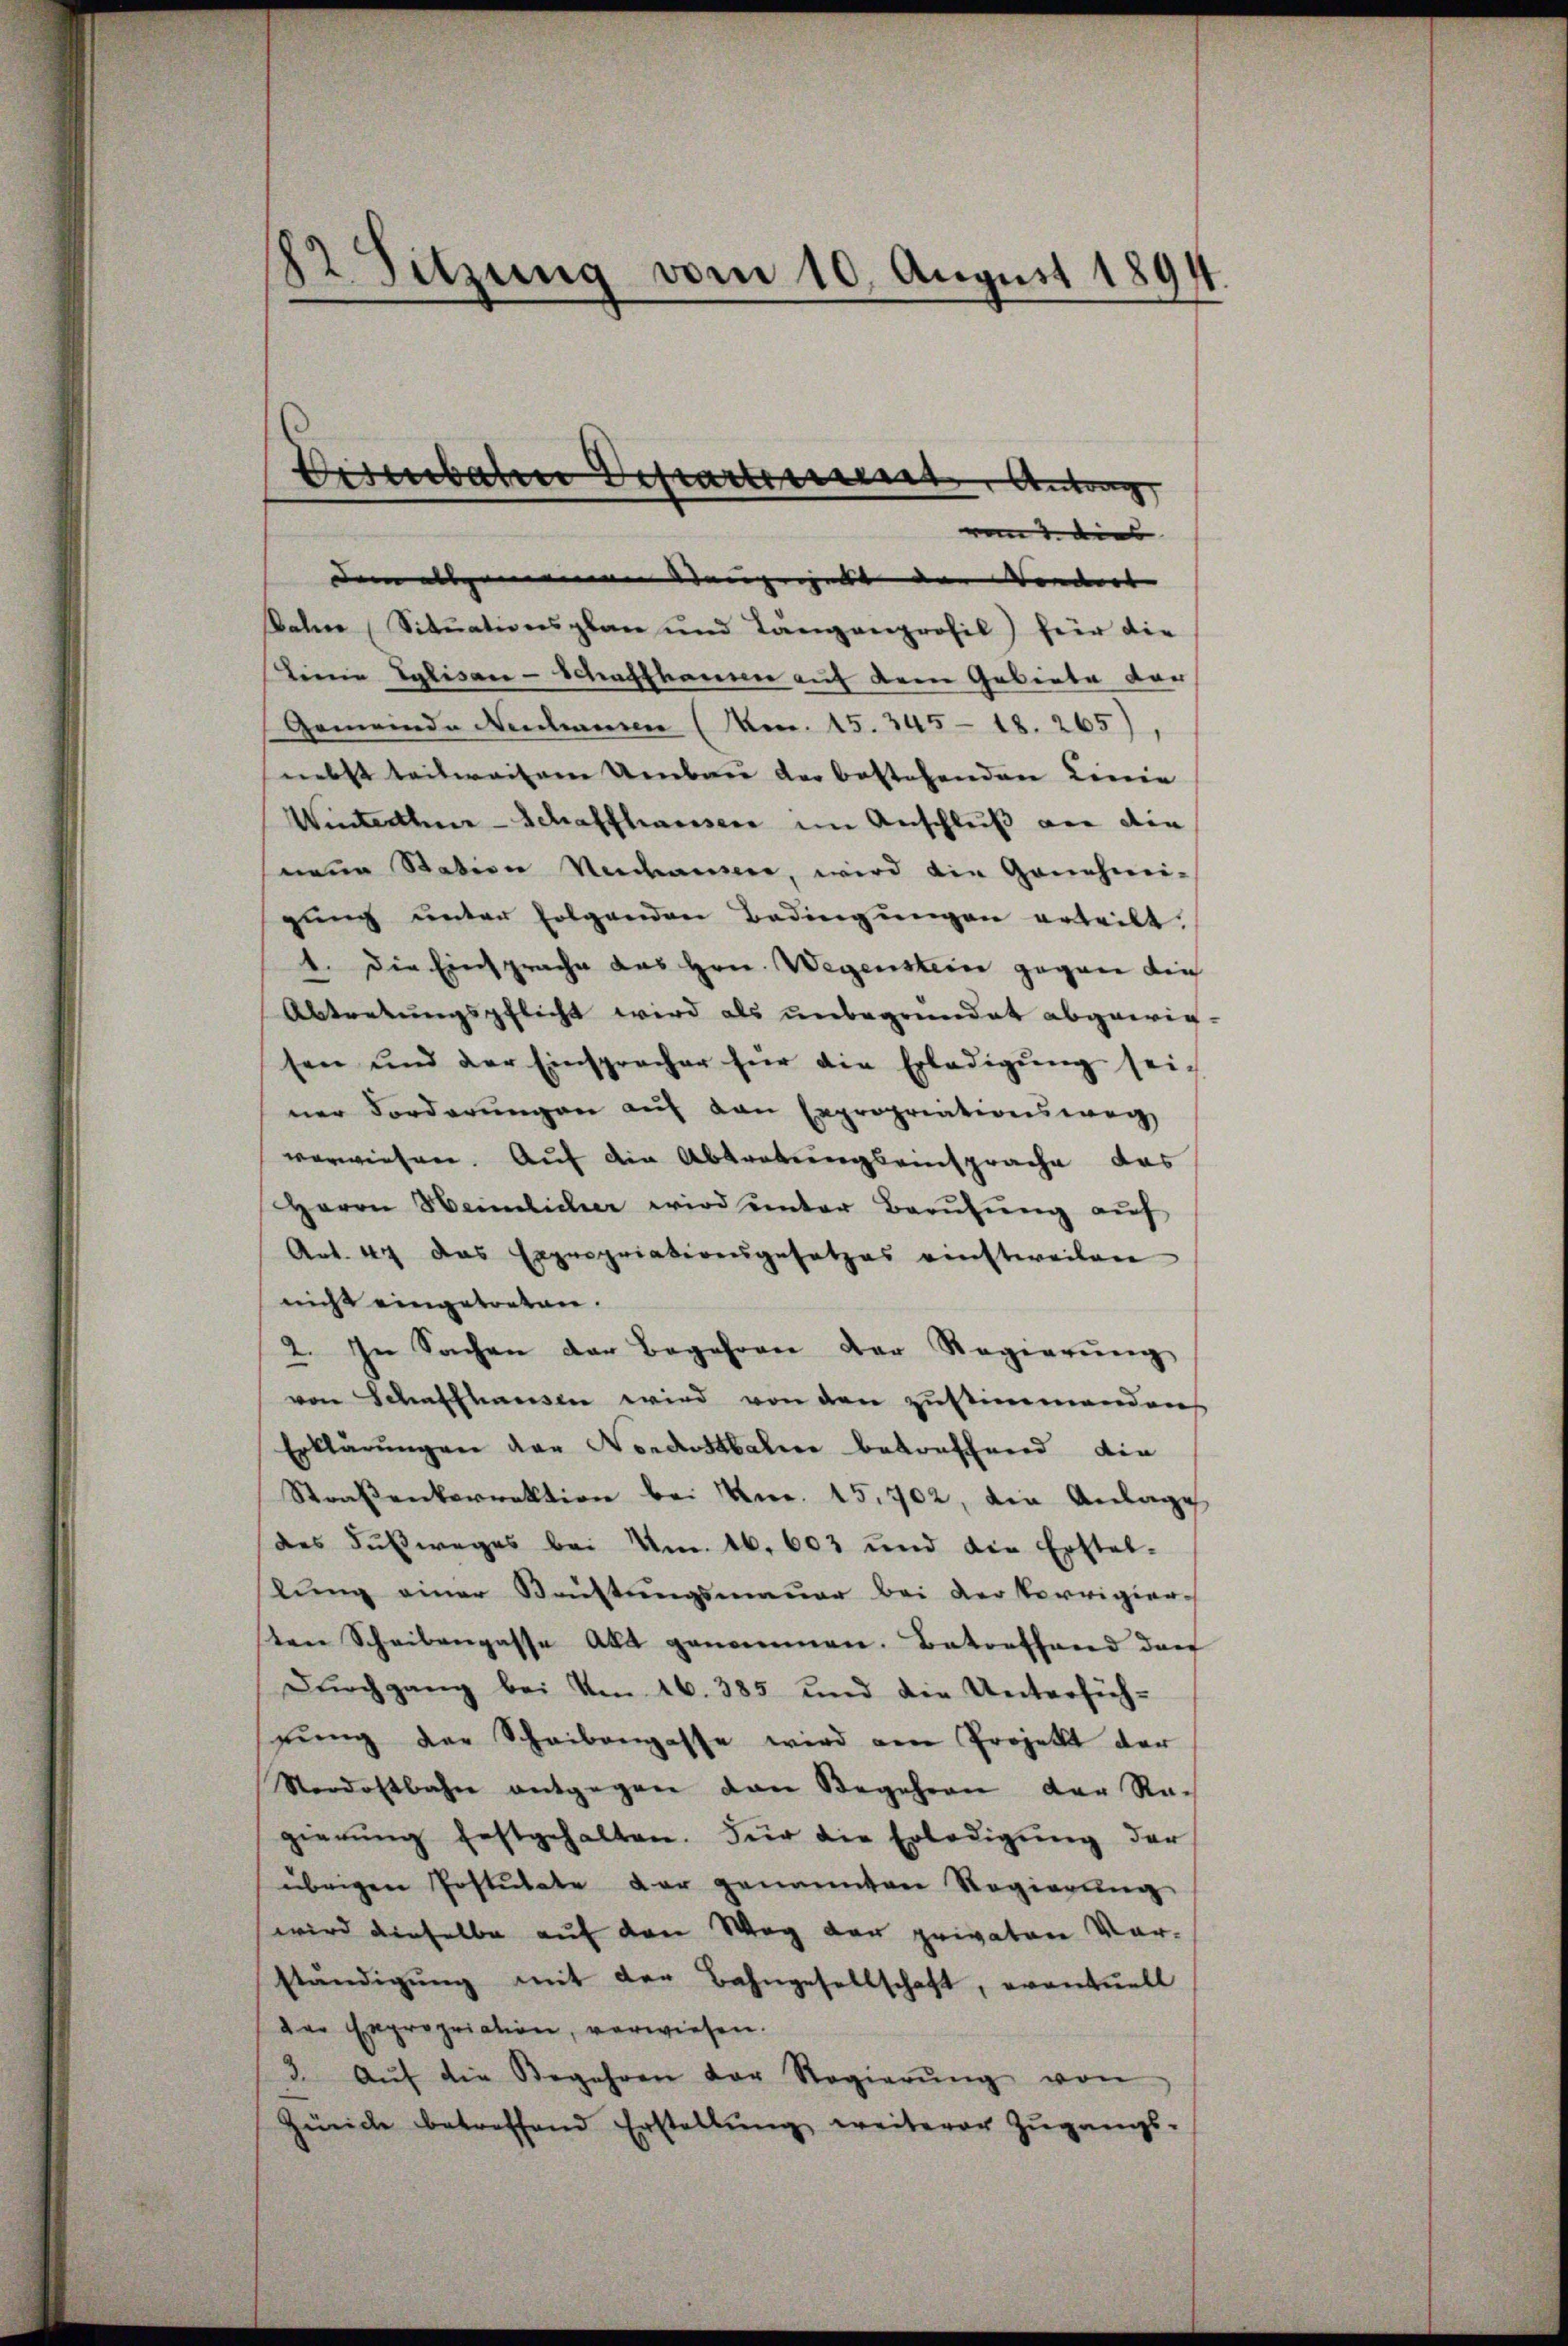
12 Sitzung vom 10. August 1894.

dem allgemeinen Neugegebt der Vordert |
Bahne Situationsplan und Langenprofil) für die
Linie Eglisan-Schaffhause auf dem Gebiete dar
Gemeinde Neuhausen (Man. 15. 345 - 18. 265),
nebst teilweisen Umbau der bestehenden Linie
Winterthur Schaffhaussere im Anschluß von die
nene Station Nidauer, wird die Genehmigung unter folgenden Bedingungen erteilt.
1. Die Einsprache das Hrn. Wegenstein gegen die
Abtretungspflicht wird als unbegründet abgewie-
sen und der Einspracher für die Erledigŭng sei-
ner Forderungen auf den Expropriationsweg
verwiesen. Auf die Abtretungseinsprache das
Herrn Heimlicher wird unter Berŭtŭng auf
Art. 44 das Expropriationsgesetzes einstweilen
nicht eingetreten.
2. In Sachen der Begehren der Regierŭng
von Schaffhausen wird von den Zustimmendens
Erklärŭngen der Nordostbahne betreffend die
Straßenkorrektion bei Knr. 15. 702, die Anlage
des Fußweges bei Am. 16. 603 und die Erstel-
lung einer Brüstungsmauer bei der Vorrigier-
ten Scheibengasse Akt genommen. Batorthand darf
Dŭrchgang bei Am 16. 385 und die Untersuch-
gŭng der Scheibengasse wird am Projekt der
Nordostbahn entgegen den Begehren der Nach
gierŭng festgehalten. Für die Erledigŭng der
übrigen Erstŭtate der genannten Regierŭng
wird dieselbe auf den Weg der privaten Vor-
ständigŭng mit der Bahngesellschaft, eventuell
der Expropriation, verwiesen.
3. Aŭf die Begehren der Regierŭng von
Zürich betreffend Erstellŭng weiterer Zŭgangs-

Bisenbaten Departement Antrag

von dies |